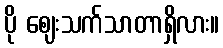
ပို ဈေးသက်သာတာရှိလား။